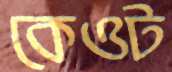
কেওট